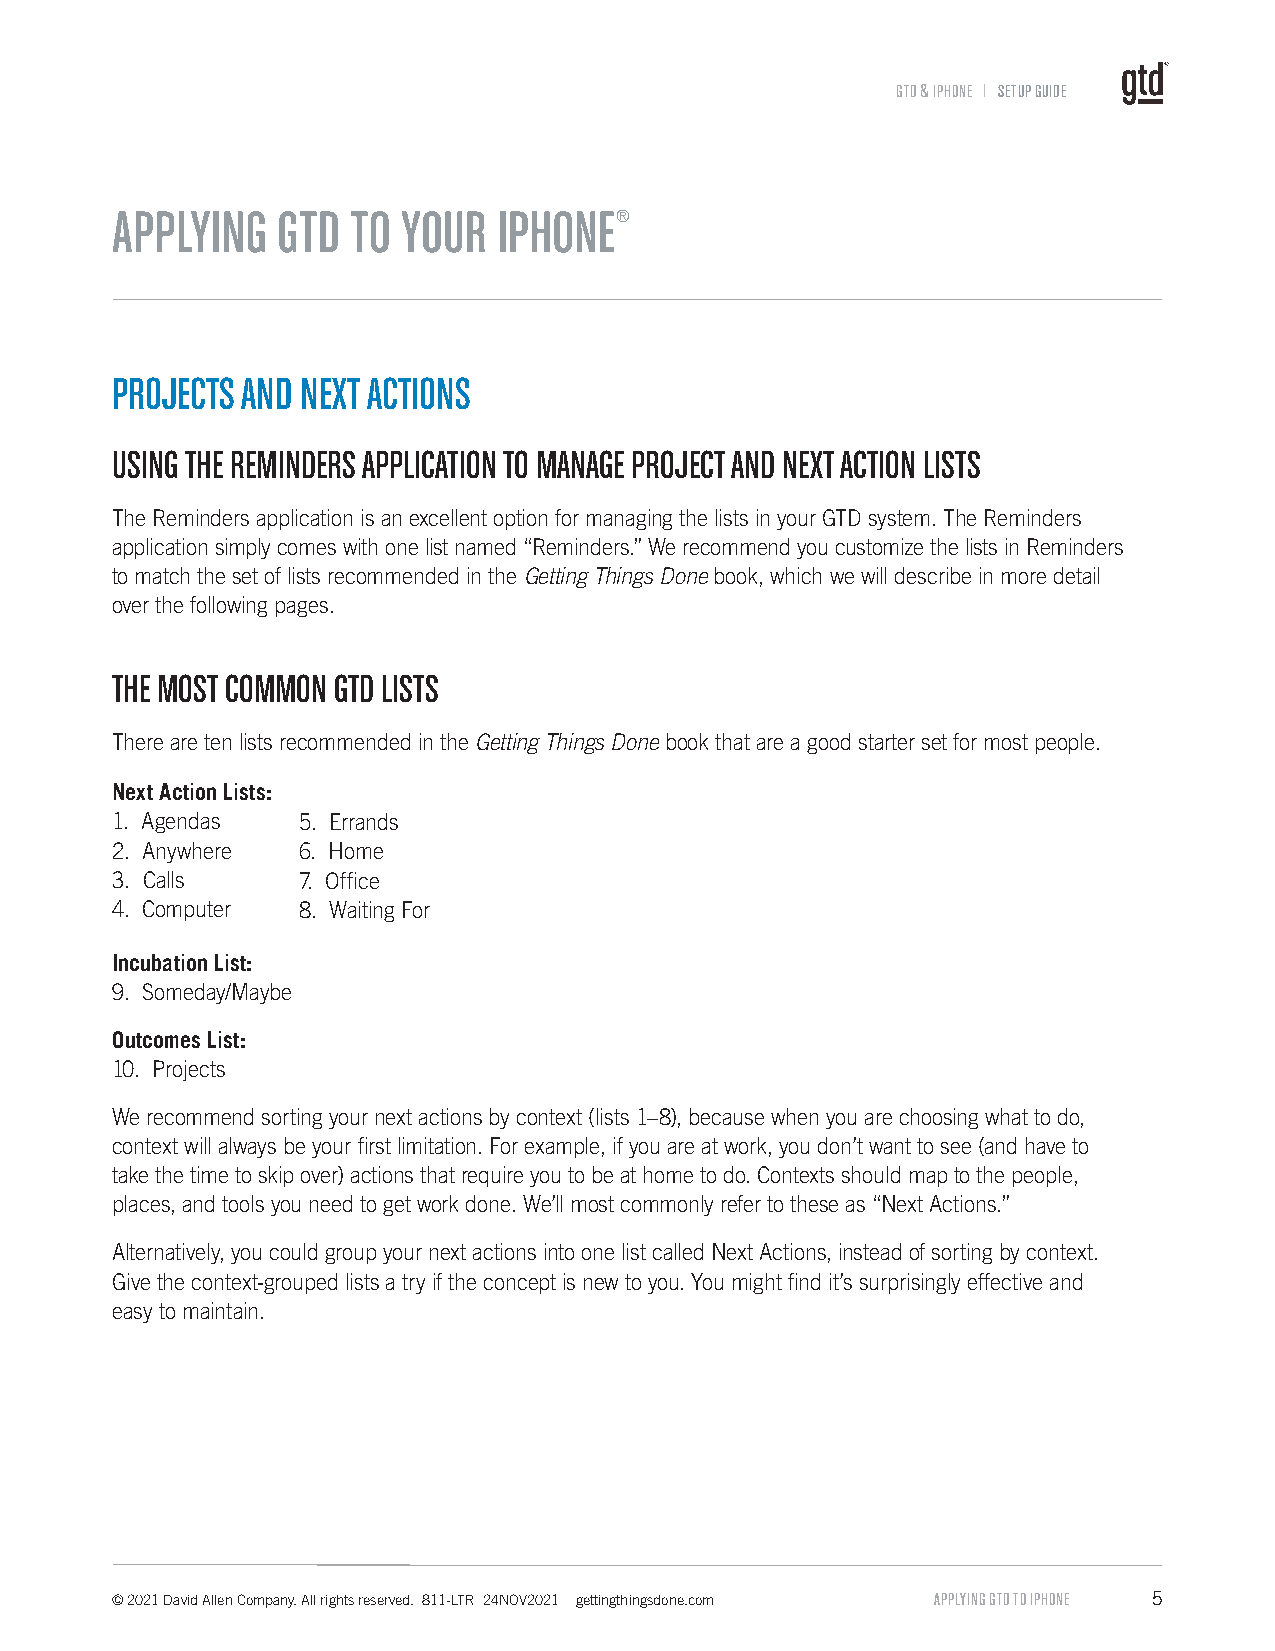
GTD & IPHONE l SETUP GUIDE
 APPLYING   GTD  TO  YOUR  IPHONE®
 PROJECTS AND NEXT ACTIONS
 USING THE REMINDERS APPLICATION TO MANAGE PROJECT AND NEXT ACTION LISTS
 The Reminders application is an excellent option for managing the lists in your GTD system. The Reminders
 application simply comes with one list named “Reminders.” We recommend you customize the lists in Reminders
 to match the set of lists recommended in the Getting Things Done book, which we will describe in more detail
 over the following pages.
 THE MOST COMMON GTD LISTS
 There are ten lists recommended in the Getting Things Done book that are a good starter set for most people.
 Next Action Lists:
 1. Agendas   5. Errands
 2. Anywhere  6. Home
 3. Calls     7. Office
 4. Computer  8. Waiting For
 Incubation List:
 9. Someday/Maybe
 Outcomes List:
 10. Projects
 We recommend sorting your next actions by context (lists 1–8), because when you are choosing what to do,
 context will always be your first limitation. For example, if you are at work, you don’t want to see (and have to
 take the time to skip over) actions that require you to be at home to do. Contexts should map to the people,
 places, and tools you need to get work done. We’ll most commonly refer to these as “Next Actions.”
 Alternatively, you could group your next actions into one list called Next Actions, instead of sorting by context.
 Give the context-grouped lists a try if the concept is new to you. You might find it’s surprisingly effective and
 easy to maintain.
 © 2021 David Allen Company. All rights reserved. 811-LTR 24NOV2021 gettingthingsdone.com APPLYING GTD TO IPHONE 5